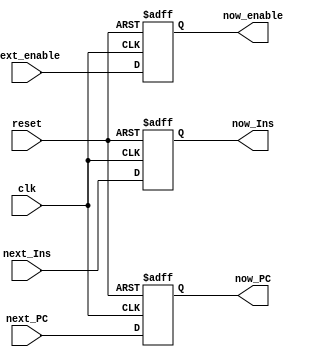
module IR_register(
  input [31:0] next_Ins,
  input next_enable,
  input [31:0] next_PC,
  output [31:0] now_Ins,
  output now_enable,
  output[31:0] now_PC,
  input clk,
  input reset);
  reg [31:0] IR_Work,PC_Work;
  reg effective;
  assign now_Ins = IR_Work;
  assign now_enable = effective;
  assign now_PC = PC_Work;
  always@(posedge clk or negedge reset) begin
    if(reset == 1'b0) begin
      IR_Work <= 0;
      PC_Work <= 0;
      effective <= 0;
    end
    else begin
      IR_Work <= next_Ins;
      PC_Work <= next_PC;
      effective <= next_enable;
    end
  end
endmodule